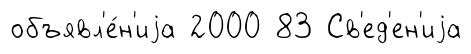
объявл'е́н'иjа 2000 83 Св'ед'ен'иjа